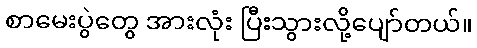
စာမေးပွဲတွေ အားလုံး ပြီးသွားလို့ပျော်တယ်။